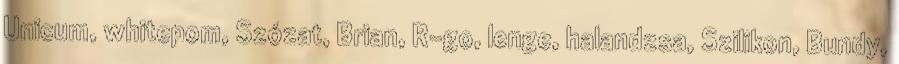
Unicum, whitepom, Szózat, Brian, R-go, lenge, halandzsa, Szilikon, Bundy,